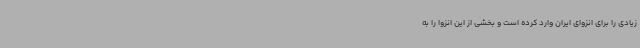
زیادی را برای انزوای ایران وارد کرده است و بخشی از این انزوا را به